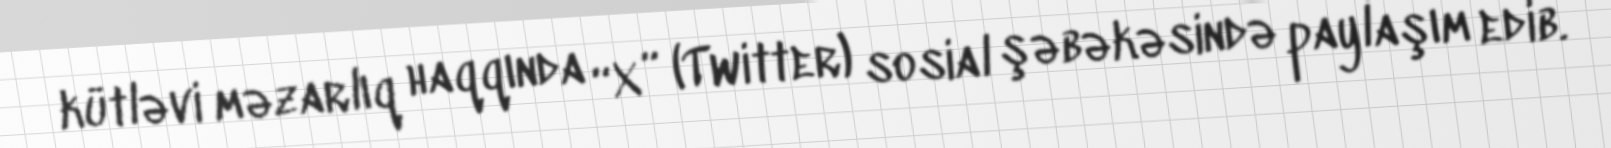
kütləvi məzarlıq haqqında “X” (Twitter) sosial şəbəkəsində paylaşım edib.